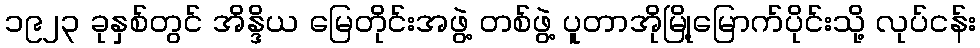
၁၉၂၃ ခုနှစ်တွင် အိန္ဒိယ မြေတိုင်းအဖွဲ့ တစ်ဖွဲ့ ပူတာအိုမြို့မြောက်ပိုင်းသို့ လုပ်ငန်း